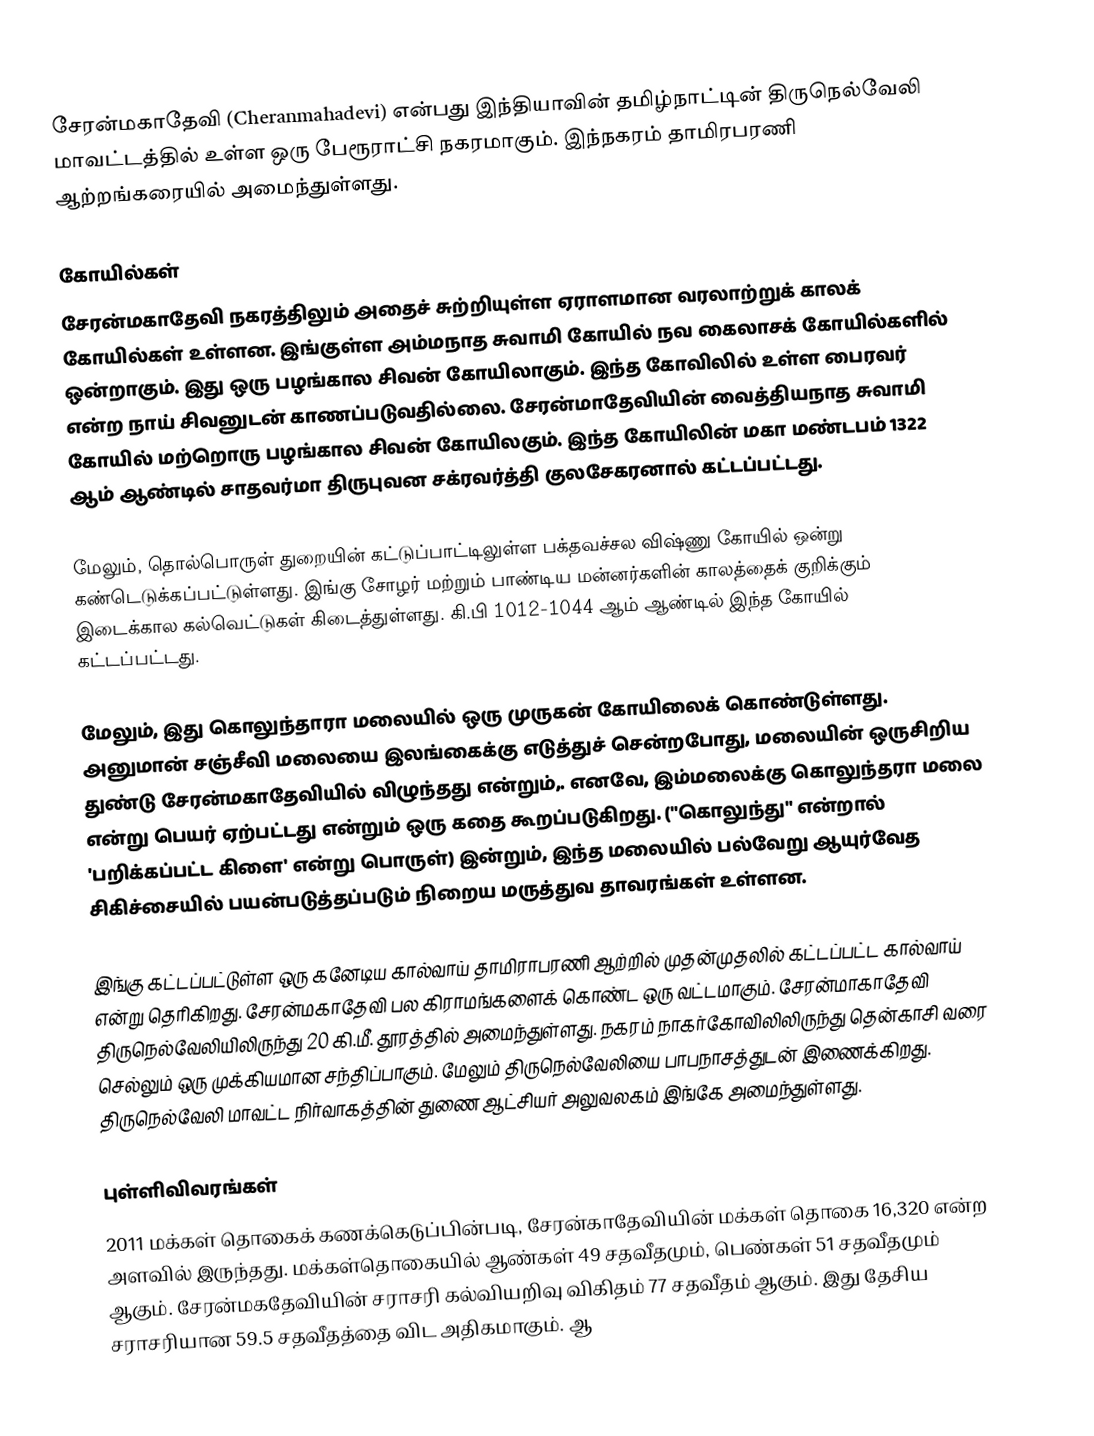
சேரன்மகாதேவி (Cheranmahadevi) என்பது இந்தியாவின் தமிழ்நாட்டின் திருநெல்வேலி மாவட்டத்தில் உள்ள ஒரு பேரூராட்சி நகரமாகும். இந்நகரம் தாமிரபரணி ஆற்றங்கரையில் அமைந்துள்ளது.

கோயில்கள்
சேரன்மகாதேவி நகரத்திலும் அதைச் சுற்றியுள்ள ஏராளமான வரலாற்றுக் காலக் கோயில்கள் உள்ளன. இங்குள்ள அம்மநாத சுவாமி கோயில் நவ கைலாசக் கோயில்களில் ஒன்றாகும். இது ஒரு பழங்கால சிவன் கோயிலாகும். இந்த கோவிலில் உள்ள பைரவர் என்ற நாய்  சிவனுடன் காணப்படுவதில்லை. சேரன்மாதேவியின் வைத்தியநாத சுவாமி கோயில் மற்றொரு பழங்கால சிவன் கோயிலகும். இந்த கோயிலின் மகா மண்டபம் 1322 ஆம் ஆண்டில் சாதவர்மா திருபுவன சக்ரவர்த்தி குலசேகரனால் கட்டப்பட்டது.

மேலும், தொல்பொருள் துறையின் கட்டுப்பாட்டிலுள்ள பக்தவச்சல விஷ்ணு கோயில் ஒன்று கண்டெடுக்கப்பட்டுள்ளது. இங்கு சோழர் மற்றும் பாண்டிய மன்னர்களின் காலத்தைக் குறிக்கும் இடைக்கால கல்வெட்டுகள் கிடைத்துள்ளது. கி.பி 1012-1044 ஆம் ஆண்டில் இந்த கோயில் கட்டப்பட்டது.

மேலும், இது கொலுந்தாரா மலையில் ஒரு முருகன் கோயிலைக் கொண்டுள்ளது. அனுமான் சஞ்சீவி மலையை இலங்கைக்கு எடுத்துச் சென்றபோது, மலையின் ஒருசிறிய துண்டு சேரன்மகாதேவியில் விழுந்தது என்றும்,. எனவே, இம்மலைக்கு கொலுந்தரா மலை என்று பெயர் ஏற்பட்டது என்றும் ஒரு கதை கூறப்படுகிறது. ("கொலுந்து" என்றால் 'பறிக்கப்பட்ட கிளை' என்று பொருள்) இன்றும், இந்த மலையில் பல்வேறு ஆயுர்வேத சிகிச்சையில் பயன்படுத்தப்படும் நிறைய மருத்துவ தாவரங்கள் உள்ளன.

இங்கு கட்டப்பட்டுள்ள ஒரு கனேடிய கால்வாய் தாமிராபரணி ஆற்றில் முதன்முதலில் கட்டப்பட்ட கால்வாய் என்று  தெரிகிறது. சேரன்மகாதேவி பல கிராமங்களைக் கொண்ட ஒரு வட்டமாகும். சேரன்மாகாதேவி திருநெல்வேலியிலிருந்து 20 கி.மீ. தூரத்தில் அமைந்துள்ளது. நகரம் நாகர்கோவிலிலிருந்து தென்காசி வரை செல்லும் ஒரு முக்கியமான சந்திப்பாகும். மேலும் திருநெல்வேலியை பாபநாசத்துடன் இணைக்கிறது. திருநெல்வேலி மாவட்ட நிர்வாகத்தின் துணை ஆட்சியர் அலுவலகம் இங்கே அமைந்துள்ளது.

புள்ளிவிவரங்கள்
2011 மக்கள் தொகைக் கணக்கெடுப்பின்படி, சேரன்காதேவியின் மக்கள் தொகை 16,320 என்ற அளவில் இருந்தது. மக்கள்தொகையில் ஆண்கள் 49 சதவீதமும், பெண்கள் 51 சதவீதமும் ஆகும். சேரன்மகதேவியின் சராசரி கல்வியறிவு விகிதம் 77 சதவீதம் ஆகும். இது தேசிய சராசரியான 59.5 சதவீதத்தை விட அதிகமாகும். ஆ